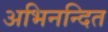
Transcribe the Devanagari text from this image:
अभिनन्दित